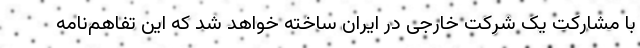
با مشارکت یک شرکت خارجی در ایران ساخته خواهد شد که این تفاهم‌نامه